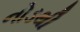
નોડથી